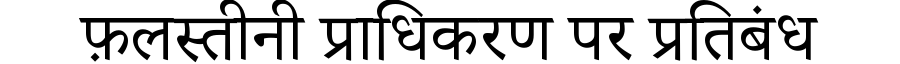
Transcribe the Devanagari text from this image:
फ़लस्तीनी प्राधिकरण पर प्रतिबंध